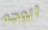
أتوجه